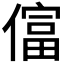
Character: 𫣡